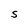
Character: S